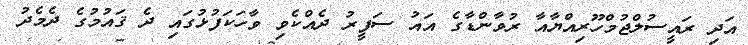
އަދި ރައީސުލްޖުމްހޫރިއްޔާއާ ރުވާންޑާގެ އައު ސަފީރު ދެއްކެވި ވާހަކަފުޅުގައި ދެ ޤައުމުގެ ދެމެދު